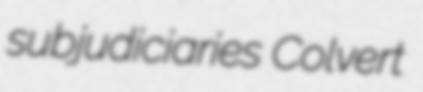
subjudiciaries Colvert